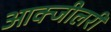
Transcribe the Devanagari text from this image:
आक्जीलरी